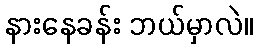
နားနေခန်း ဘယ်မှာလဲ။